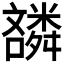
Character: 𫬪